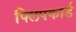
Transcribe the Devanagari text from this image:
फ्लिपकार्ड